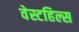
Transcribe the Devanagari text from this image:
वेस्टहिल्स